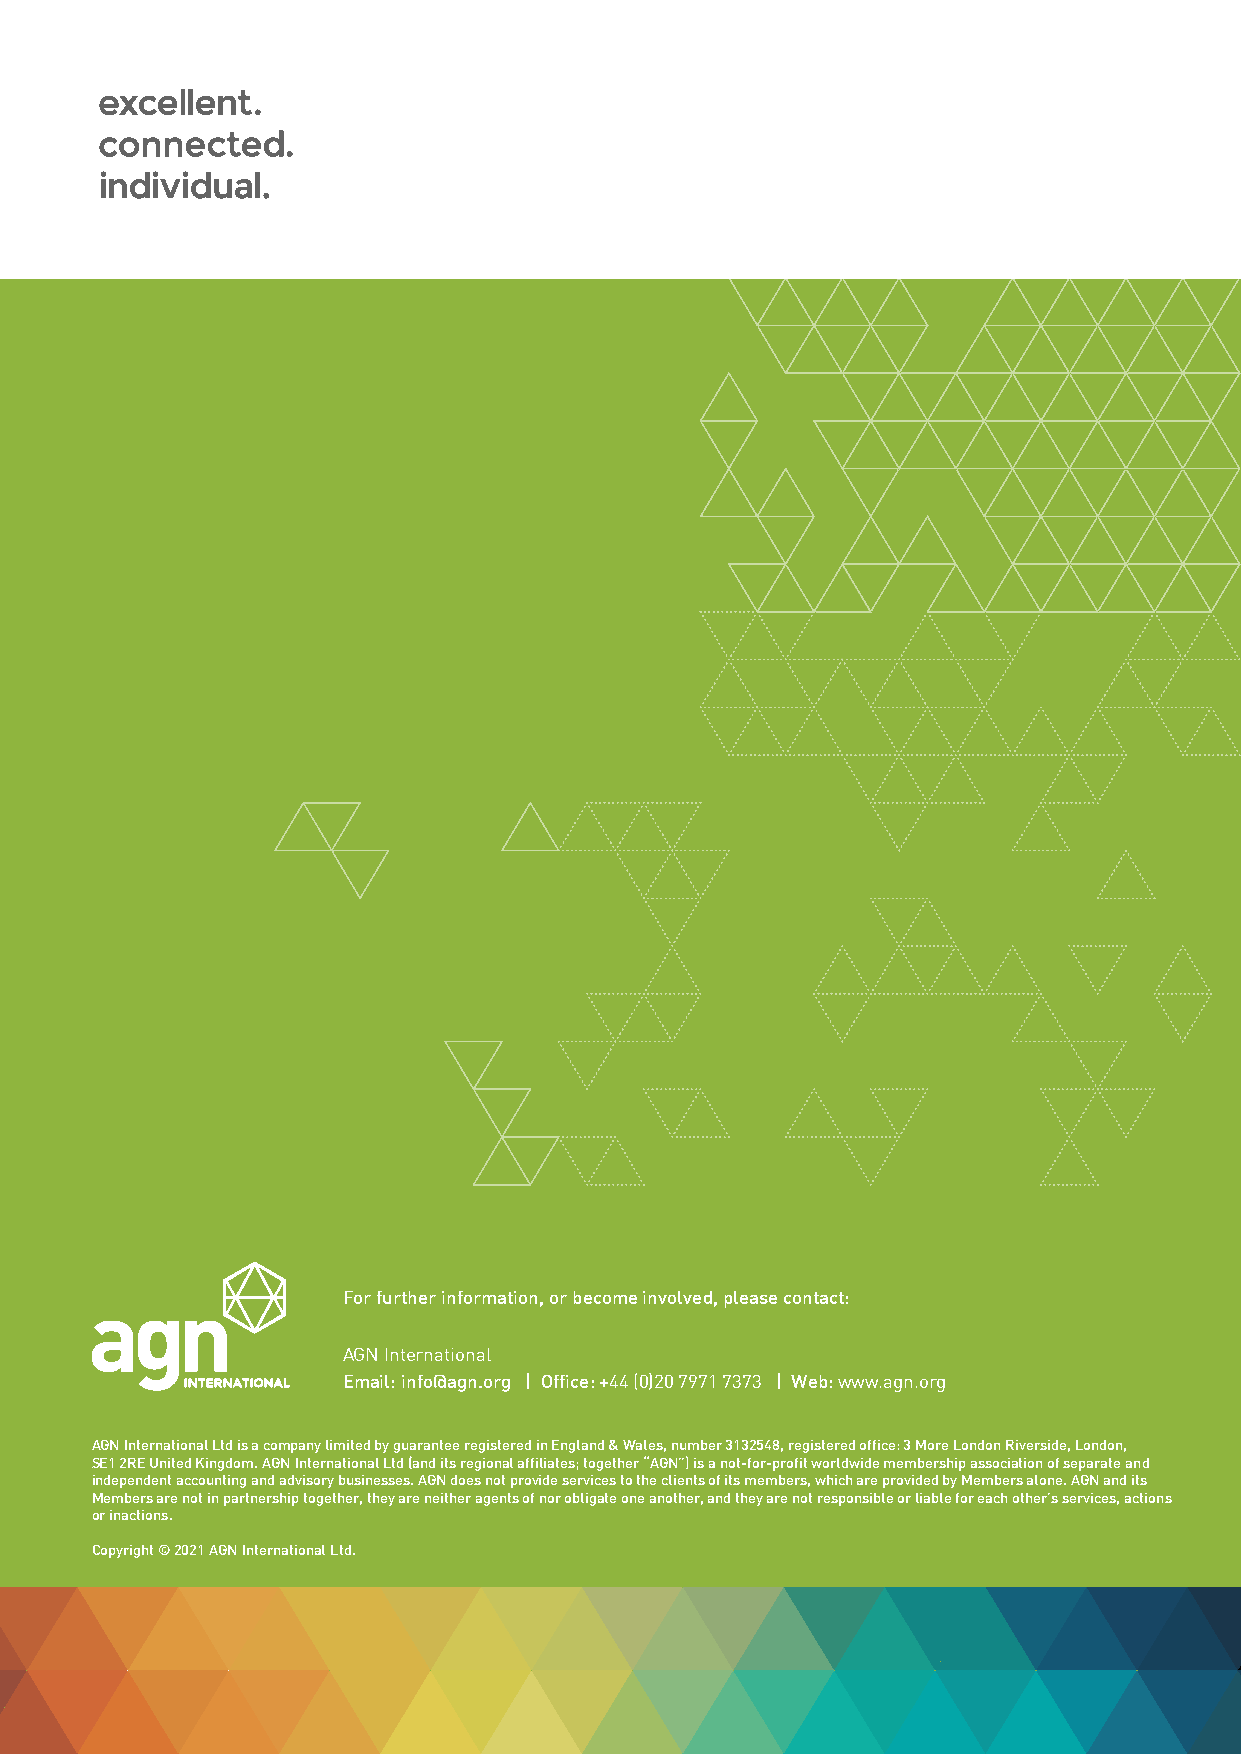
For further information, or become involved, please contact:
 AGN International
 Email: info@agn.org | Office: +44 (0)20 7971 7373 | Web: www.agn.org
 AGN International Ltd is a company limited by guarantee registered in England & Wales, number 3132548, registered office: 3 More London Riverside, London,
 SE1 2RE United Kingdom. AGN International Ltd (and its regional affiliates; together “AGN”) is a not-for-profit worldwide membership association of separate and
 independent accounting and advisory businesses. AGN does not provide services to the clients of its members, which are provided by Members alone. AGN and its
 Members are not in partnership together, they are neither agents of nor obligate one another, and they are not responsible or liable for each other’s services, actions
 or inactions.
 Copyright © 2021 AGN International Ltd.
 www.agn.org